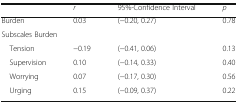
<table><thead><tr><td></td><td><b><i>r</i></b></td><td><b>95%-Confidence Interval</b></td><td><b><i>p</i></b></td></tr></thead><tbody><tr><td>Burden</td><td>0.03</td><td>(−0.20, 0.27)</td><td>0.78</td></tr><tr><td colspan="4">Subscales Burden</td></tr><tr><td> Tension</td><td>−0.19</td><td>(−0.41, 0.06)</td><td>0.13</td></tr><tr><td> Supervision</td><td>0.10</td><td>(−0.14, 0.33)</td><td>0.40</td></tr><tr><td> Worrying</td><td>0.07</td><td>(−0.17, 0.30)</td><td>0.56</td></tr><tr><td> Urging</td><td>0.15</td><td>(−0.09, 0.37)</td><td>0.22</td></tr></tbody></table>